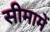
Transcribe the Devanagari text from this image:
सीमामें